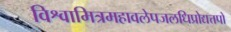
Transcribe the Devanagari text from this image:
विश्वामित्रमहावलेपजलधिप्रोद्यत्तपो